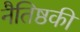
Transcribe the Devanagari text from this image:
नैतिष्ठकी